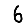
Digit: 6